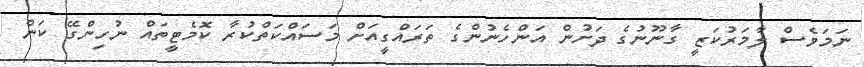
ނަމަވެސް ލާމަރުކަޒީ ގާނޫނުގެ ދަށުން އަންހެނުންގެ ތަރައްގީއަށް މަސައްކަތްކުރާ ކޮމެޓީތައް ނުހިންގޭ ކަން